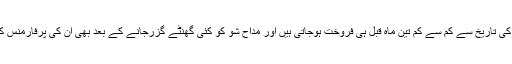
میڈونا کے میوزیکل شوز کی تمام ٹکٹ شو کی تاریخ سے کم سے کم تین ماہ قبل ہی فروخت ہوجاتی ہیں اور مداح شو کو کئی گھنٹے گزرجانے کے بعد بھی ان کی پرفارمنس کے سحر میں ڈوبے ہوئے دکھائی دیتے ہیں۔